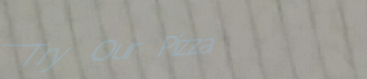
Try Our Pizza